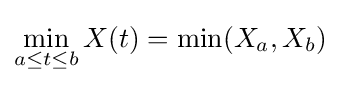
\min _{a\leq t\leq b}X(t)=\min(X_{a},X_{b})